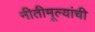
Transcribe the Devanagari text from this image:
नीतीमूल्यांची